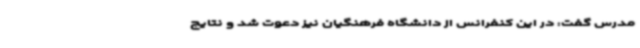
مدرس گفت: در این کنفرانس از دانشگاه فرهنگیان نیز دعوت شد و نتایج